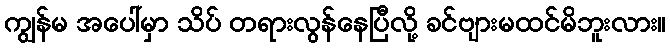
ကျွန်မ အပေါ်မှာ သိပ် တရားလွန်နေပြီလို့ ခင်ဗျားမထင်မိဘူးလား။